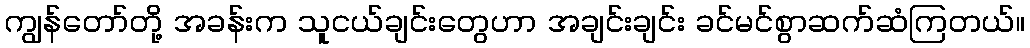
ကျွန်တော်တို့ အခန်းက သူငယ်ချင်းတွေဟာ အချင်းချင်း ခင်မင်စွာဆက်ဆံကြတယ်။